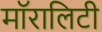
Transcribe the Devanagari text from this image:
मॉरालिटी